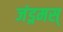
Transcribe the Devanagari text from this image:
जंड्रमस्